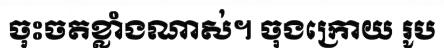
ចុះចតខ្លាំងណាស់។ ចុងក្រោយ រូប